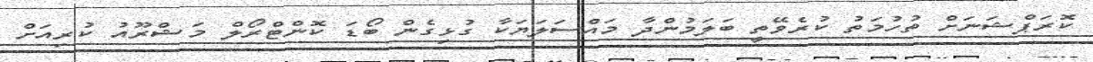
ކޮރަޕްޝަނަށް ތުހުމަތު ކުރެވޭތީ ބަލަމުންދާ މައްސަލަޔަކާ ގުޅިގެން ބޯޑަ ކޮންޓްރޯލް މަޝްރޫއު ކުރިއަށް